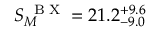
S _ { M } ^ { \mathrm { ~ \tiny ~ B ~ X ~ } } = 2 1 . 2 _ { - 9 . 0 } ^ { + 9 . 6 }